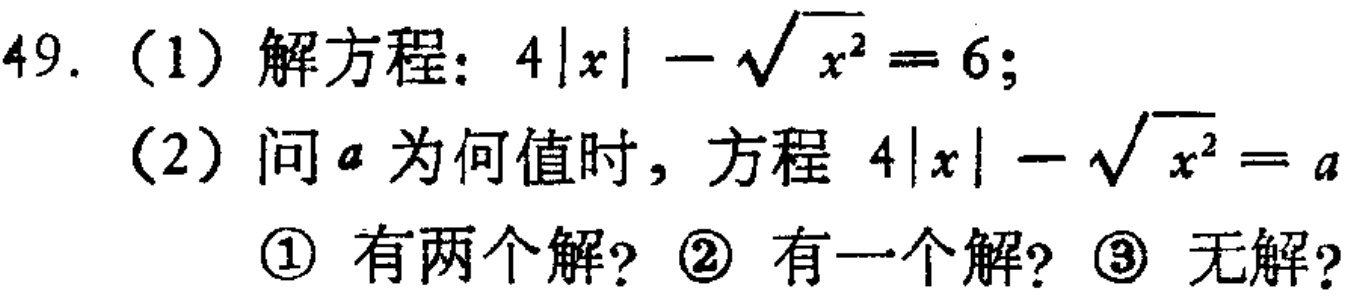
49.（1）解方程：\(4|x| - \sqrt{x^{2}} = 6\)；
（2）问\(a\)为何值时，方程 \(4|x| - \sqrt{x^{2}} = a\)
\textcircled{1} 有两个解？\textcircled{2} 有一个解？\textcircled{3} 无解？